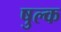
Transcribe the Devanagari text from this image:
षुल्क